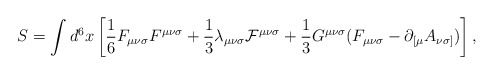
\begin{align*}S=\int d^{6}x\left[{\frac 1 6}F_{{\mu}{\nu}{\sigma}}F^{{\mu}{\nu}{\sigma}}+{\frac 1 3}{\lambda}_{{\mu}{\nu}{\sigma}}{\cal F}^{{\mu}{\nu}{\sigma}}+{\frac 1 3}G^{{\mu}{\nu}{\sigma}}(F_{{\mu}{\nu}{\sigma}}-{\partial}_{[{\mu}}A_{{\nu}{\sigma}]})\right],\end{align*}